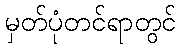
မှတ်ပုံတင်ရာတွင်